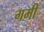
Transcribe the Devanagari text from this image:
गमी